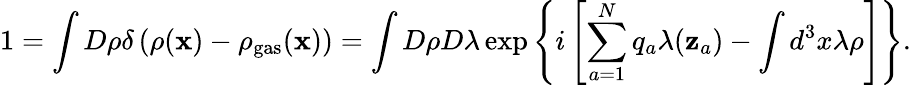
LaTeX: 1=\int D\rho\delta\left(\rho({\mathbf x})-\rho_{\mathrm{gas}}({\mathbf x})\right)=\int D\rho D\lambda\exp\left\{ i\left[\sum_{a=1}^{N}q_{a}\lambda({\mathbf z}_{a})-\int d^{3}x\lambda\rho\right]\right\} .